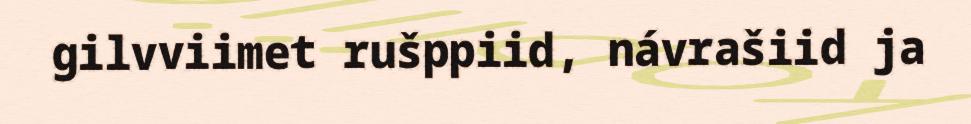
gilvviimet rušppiid, návrašiid ja